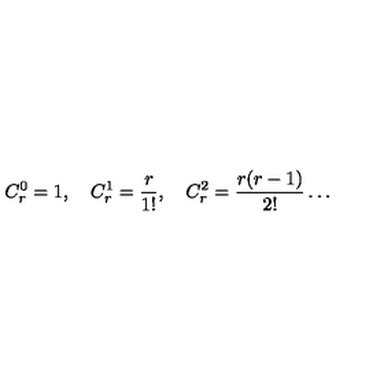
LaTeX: C _ { r } ^ { 0 } = 1 , \quad { } C _ { r } ^ { 1 } = \frac { r } { 1 ! } , \quad { } C _ { r } ^ { 2 } = \frac { r ( r - 1 ) } { 2 ! } \dots